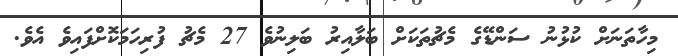
މިހާތަނަށް ކުޅުނު ސަންޑޭގެ މެޗުތަކަށް ބަލާއިރު ބަލިނުވެ 27 މެޗު ފުރިހަމަކޮށްފައިވެ އެވެ.